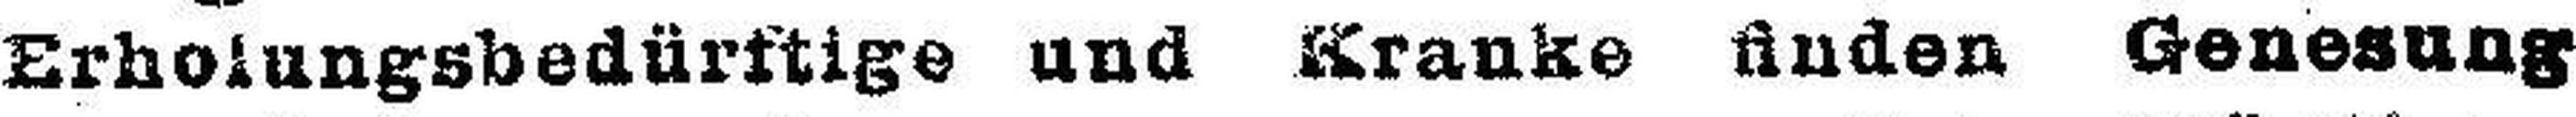
Erholungsbedürftige und Kranke finden Genesung